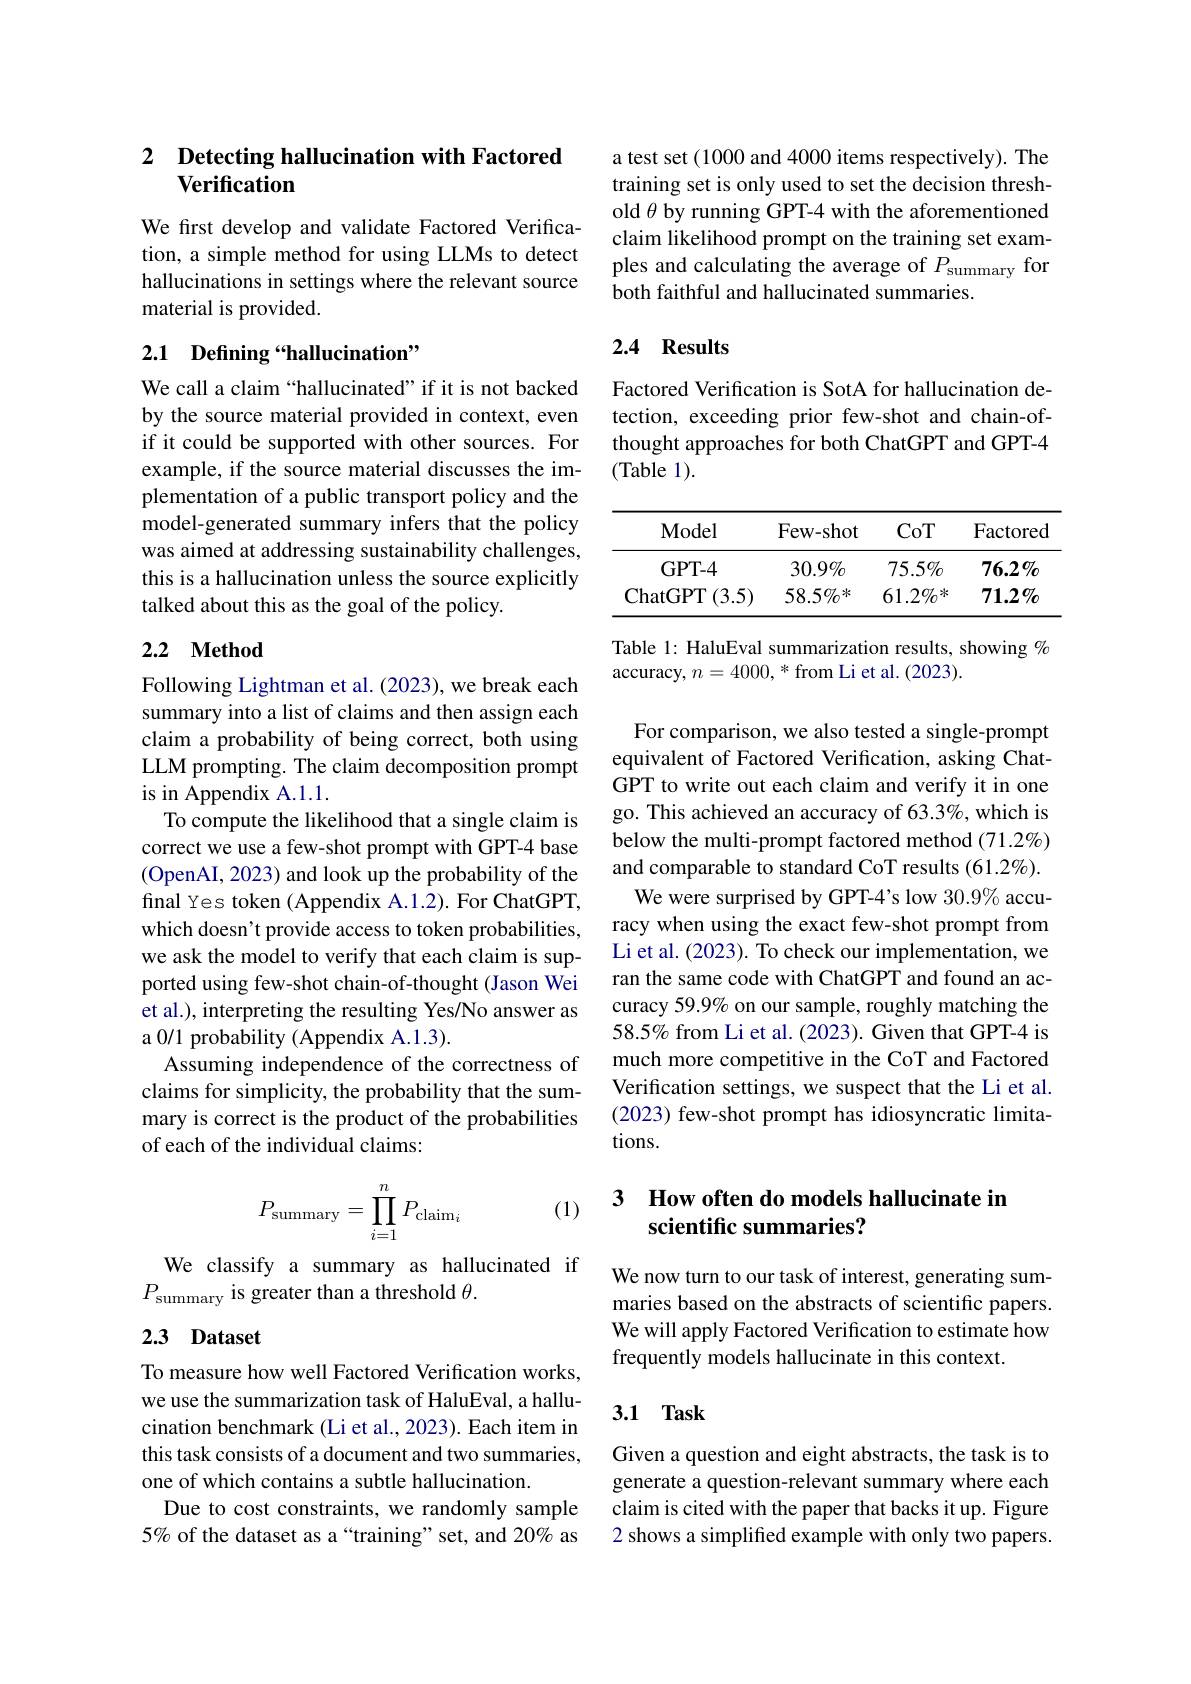
### 2 $\textbf{Detecting hallucination with Factored}$ Verification

We first develop and validate Factored Verification, a simple method for using LLMs to detect hallucinations in settings where the relevant source material is provided.

## 2.1 Defining“hallucination”

We call a claim “hallucinated” if it is not backed by the source material provided in context, even if it could be supported with other sources. For example, if the source material discusses the implementation of a public transport policy and the model-generated summary infers that the policy was aimed at addressing sustainability challenges, this is a hallucination unless the source explicitly talked about this as the goal of the policy.

### 2.2 $\mathbf{Method}$

Following Lightman et al. (2023), we break each summary into a list of claims and then assign each claim a probability of being correct, both using LLM prompting. The claim decomposition prompt is in Appendix A.1.1.
To compute the likelihood that a single claim is correct we use a few-shot prompt with GPT-4 base (OpenAI, 2023) and look up the probability of the final Yes token (Appendix A.1.2). For ChatGPT, which doesn't provide access to token probabilities, we ask the model to verify that each claim is supported using few-shot chain-of-thought (Jason Wei et al.), interpreting the resulting Yes/No answer as a 0/1 probability (Appendix A.1.3).
Assuming independence of the correctness of claims for simplicity, the probability that the summary is correct is the product of the probabilities of each of the individual claims:

(1)
$$P_{\text{summary}}=\prod_{i=1}^nP_{\text{claim}_i}$$
We classify a summary as hallucinated if
$P_{\text{summary is greater than a threshold }\theta.}$

## 2.3 Dataset

To measure how well Factored Verification works, we use the summarization task of HaluEval, a hallucination benchmark (Li et al., 2023). Each item in this task consists of a document and two summaries, one of which contains a subtle hallucination.
Due to cost constraints, we randomly sample 5% of the dataset as a“training”set, and 20% as

a test set (1000 and 4000 items respectively). The training set is only used to set the decision threshold $\theta$ by running GPT-4 with the aforementioned claim likelihood prompt on the training set examples and calculating the average of $P_\mathrm{summary}$ for both faithful and hallucinated summaries.

## 2.4 Results

Factored Verification is SotA for hallucination detection, exceeding prior few-shot and chain-ofthought approaches for both ChatGPT and GPT-4 (Table 1).

<table>
	<tbody>
		<tr>
			<th>Model</th>
			<th>Few- shot</th>
			<th>CoT</th>
			<th>Factored</th>
		</tr>
		<tr>
			<td>GPT- 4</td>
			<td>$30.9\%$</td>
			<td>$75.5\%$</td>
			<td>$76.2\%$</td>
		</tr>
		<tr>
			<td>ChatGPT (3.5</td>
			<td>$58.5\%$*</td>
			<td>$61.2\%$*</td>
			<td>$7\mathbf{1.2}\%$</td>
		</tr>
	</tbody>
</table>

Table 1: HaluEval summarization results, showing %
accuracy, $n=4000,*$ from Li et al. (2023).

For comparison, we also tested a single-prompt equivalent of Factored Verification, asking ChatGPT to write out each claim and verify it in one go. This achieved an accuracy of 63.3%, which is below the multi-prompt factored method (71.2%) and comparable to standard CoT results (61.2%).
We were surprised by GPT-4's low 30.9% accuracy when using the exact few-shot prompt from Li et al. (2023). To check our implementation, we ran the same code with ChatGPT and found an accuracy 59.9% on our sample, roughly matching the 58.5% from Li et al.(2023). Given that GPT-4 is much more competitive in the CoT and Factored Verification settings, we suspect that the Li et al. (2023) few-shot prompt has idiosyncratic limitations.

# 3 How often do models hallucinate in scientific summaries?

We now turn to our task of interest, generating summaries based on the abstracts of scientific papers. We will apply Factored Verification to estimate how frequently models hallucinate in this context.

## 3.1 Task

Given a question and eight abstracts, the task is to generate a question-relevant summary where each claim is cited with the paper that backs it up. Figure 2 shows a simplified example with only two papers.